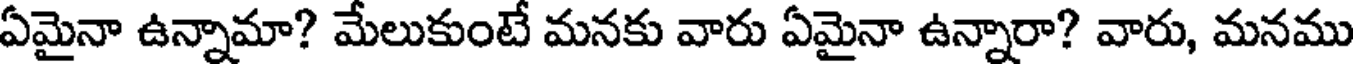
ఏమైనా ఉన్నామా? మేలుకుంటే మనకు వారు ఏమైనా ఉన్నారా? వారు, మనము